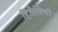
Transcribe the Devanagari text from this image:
हितैसिणी